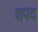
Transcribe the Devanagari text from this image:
शपद